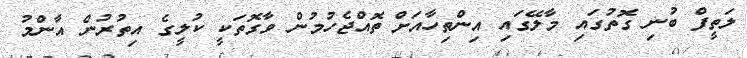
ލަތީފް ބުނި ގޮތުގައި މާލޭގައި އިންތިހާއަށް ތޮއްޖެހުމުން ވާގޮތަކީ ކުލީގެ އިތުރުން އާންމު